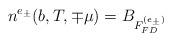
LaTeX: \begin{align*}n^{e_\pm}(b,T,\mp \mu)&=B_{F_{FD}^{(e_\pm)}}\end{align*}